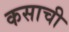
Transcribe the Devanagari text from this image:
कसाची